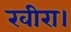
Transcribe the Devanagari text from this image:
खीरा।